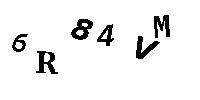
6R84VM